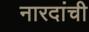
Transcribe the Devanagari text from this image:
नारदांची